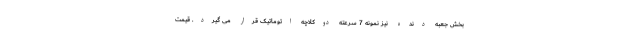
بخش جعبه دنده نیز نمونه 7 سرعته دوکلاچه اتوماتیک قرار می گیرد. قیمت